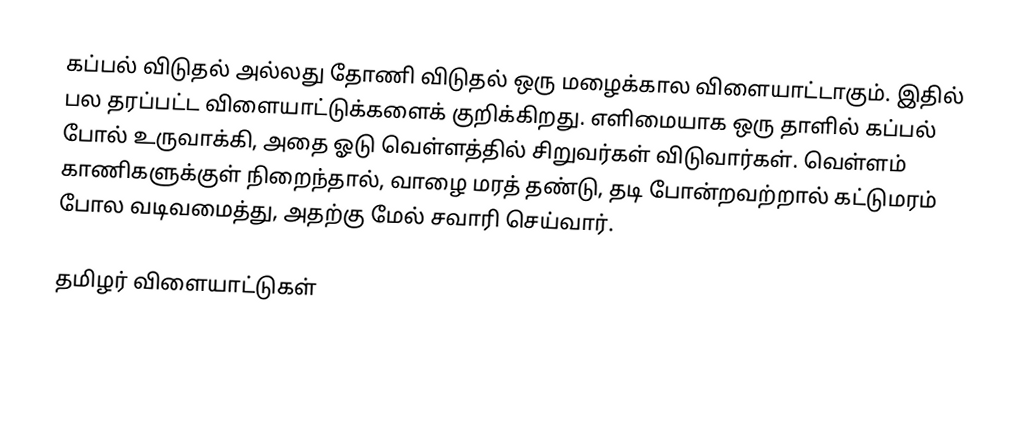
கப்பல் விடுதல் அல்லது தோணி விடுதல் ஒரு மழைக்கால விளையாட்டாகும்.  இதில் பல தரப்பட்ட விளையாட்டுக்களைக் குறிக்கிறது.  எளிமையாக ஒரு தாளில் கப்பல் போல் உருவாக்கி, அதை ஓடு வெள்ளத்தில் சிறுவர்கள் விடுவார்கள்.  வெள்ளம் காணிகளுக்குள் நிறைந்தால், வாழை மரத் தண்டு, தடி போன்றவற்றால் கட்டுமரம் போல வடிவமைத்து, அதற்கு மேல் சவாரி செய்வார்.

தமிழர் விளையாட்டுகள்